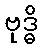
ဗုဒ္ဓိ